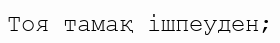
Тоя тамақ ішпеуден;